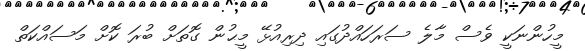
މީހުންނަކީ ވެސް މާލެ ސަރަހައްދުގައި ދިރިއުޅޭ މީޙުން ގޮތަށް ބުރަ ކޮށް މަސައްކަތް